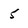
Character: 5